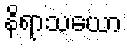
နိရာသယော